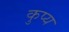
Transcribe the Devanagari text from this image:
कुप्य